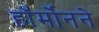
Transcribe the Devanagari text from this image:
हॉर्मोनने